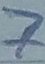
Text: 7